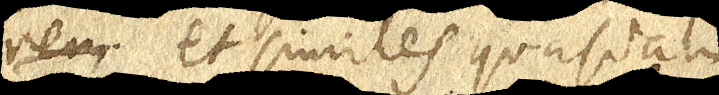
rem et similes quasdam